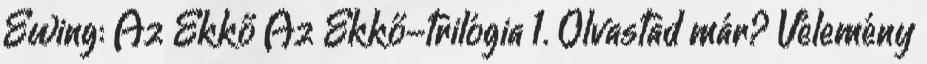
Ewing: Az ​Ékkő Az Ékkő-trilógia 1. Olvastad már? Vélemény